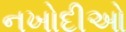
નખોદીઓ